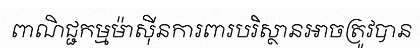
ពាណិជ្ជកម្មម៉ាស៊ីនការពារបរិស្ថានអាចត្រូវបាន